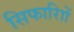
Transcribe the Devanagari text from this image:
सिफारिाों